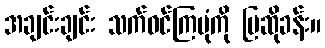
အချင်းချင်း သက်ဝင်ကြပုံကို ပြဆိုခန်း။